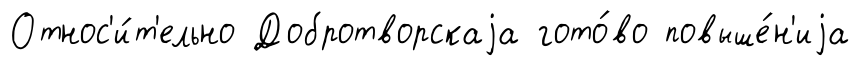
Относ'и́т'ельно Добротворскаjа гото́во повыше́н'иjа